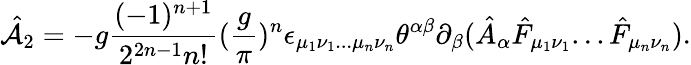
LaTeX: \hat{\cal A}_{2}=-g{\frac{(-1)^{n+1}}{2^{2n-1}n!}}({\frac{g}{\pi}})^{n}\epsilon_{\mu_{1}\nu_{1}...\mu_{n}\nu_{n}}\theta^{\alpha\beta}\partial_{\beta}(\hat{A}_{\alpha}\hat{F}_{\mu_{1}\nu_{1}}...\hat{F}_{\mu_{n}\nu_{n}}).